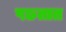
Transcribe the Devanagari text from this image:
पछतात